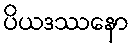
ပိယဒဿနော